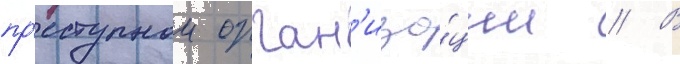
пр'еступнои орган'иза́ции // В